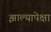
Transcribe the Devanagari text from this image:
झाल्यापेक्षा